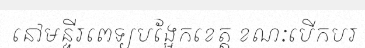
នៅមន្ទីរពេទ្យបង្អែកខេត្ត ខណៈបើកបរ